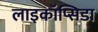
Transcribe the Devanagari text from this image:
लाइकॉप्सिडा